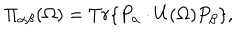
\Pi _ { \alpha \beta } ( \Omega ) = T r \{ P _ { \alpha } \cdot U ( \Omega ) P _ { \beta } \} ,